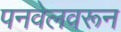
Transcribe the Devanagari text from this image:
पनवेलवरून